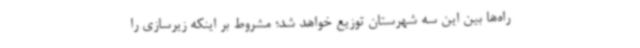
راه‌ها بین این سه شهرستان توزیع خواهد شد؛ مشروط بر اینکه زیرسازی را